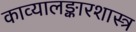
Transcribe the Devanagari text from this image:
काव्यालङ्कारशास्त्र